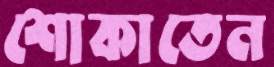
শোকাতেন